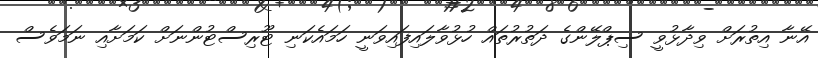
އޭނާ އިތުރަށް ވިދާޅުވީ ސިޕްލޭންގެ ދަތުރުތައް ހުޅުވާލައިފައިވަނީ ހަމައެކަނި ޓޫރިސްޓުންނަށް ކަމަށާއި ނަމަވެސް